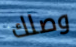
وصلك